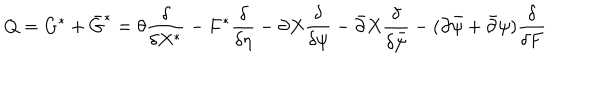
LaTeX: Q = G ^ { \ast } + \bar { G } ^ { \ast } = \theta { \frac { \delta } { \delta X ^ { \ast } } } - F ^ { \ast } { \frac { \delta } { \delta \eta } } - \partial X { \frac { \delta } { \delta \psi } } - \bar { \partial } X { \frac { \delta } { \delta \bar { \psi } } } - ( \partial \bar { \psi } + \bar { \partial } \psi ) { \frac { \delta } { \delta F } }